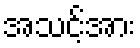
အသင့်အား